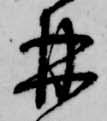
林